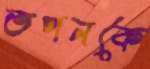
তপনকে